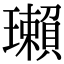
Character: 瓎